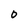
Character: O